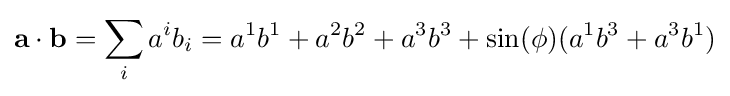
\mathbf {a} \cdot \mathbf {b} =\sum _{i}a^{i}b_{i}=a^{1}b^{1}+a^{2}b^{2}+a^{3}b^{3}+\sin(\phi )(a^{1}b^{3}+a^{3}b^{1})